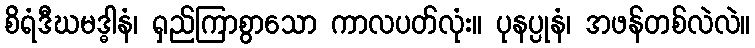
စိရံဒီဃမဒ္ဓါနံ၊ ရှည်ကြာစွာသော ကာလပတ်လုံး။ ပုနပ္ပုနံ၊ အဖန်တစ်လဲလဲ။